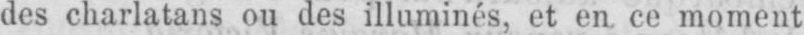
des charlatans ou des illuminés, et en ce moment